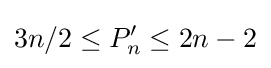
3n/2\leq P'_{n}\leq 2n-2